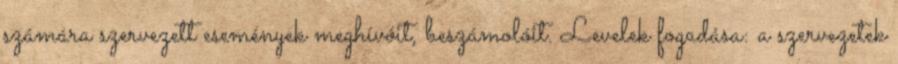
számára szervezett események meghívóit, beszámolóit. Levelek fogadása: a szervezetek